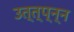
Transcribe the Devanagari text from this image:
उत्त्प्न्न